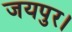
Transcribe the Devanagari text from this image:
जयपुर।